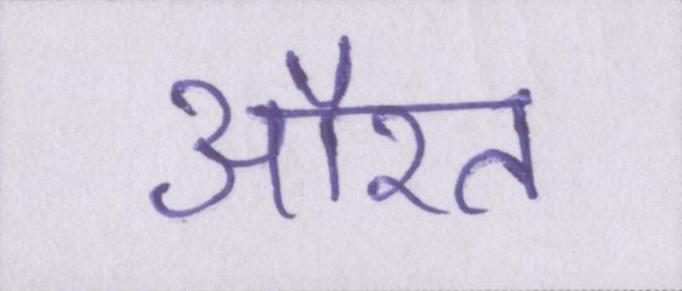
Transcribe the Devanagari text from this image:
औरत